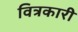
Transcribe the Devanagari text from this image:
वित्रकारी